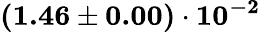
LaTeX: \mathbf{(1.46\pm 0.00)\cdot 10^{-2}}